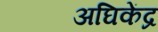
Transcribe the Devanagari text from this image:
अघिकेंद्र